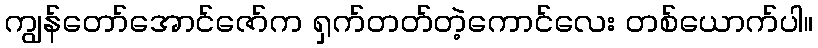
ကျွန်တော်အောင်ဇော်က ရှက်တတ်တဲ့ကောင်လေး တစ်ယောက်ပါ။